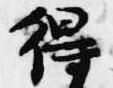
得